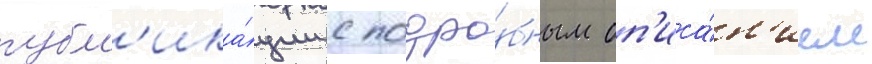
публ'ика́ции с подро́бным оп'иса́н'ием